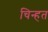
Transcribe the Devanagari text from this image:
चिन्हत